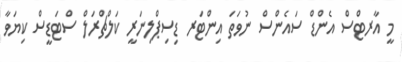
މީ އާރޓްސް އެންޑް ސައެންސް ނުވަތަ އިންޓަރ ޑިސިޕްލިނަރީ ކަލްޗްރަލް ސްޓަޑީސް ކިޔަވާ